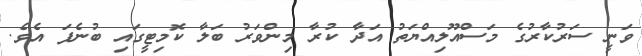
ވަނީ ސަރުކާރުގެ މަސްއޫލިއްޔަތު އަދާ ކުރާ މިންވަރު ބަލާ ކޮމިޓީގައި ބުނެފަ އެވެ.